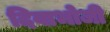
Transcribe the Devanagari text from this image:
दिवाभोजी